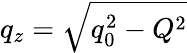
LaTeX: q_{z}=\sqrt{q_{0}^{2}-Q^{2}}